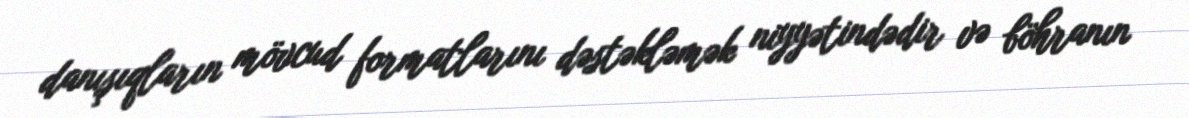
danışıqların mövcud formatlarını dəstəkləmək niyyətindədir və böhranın